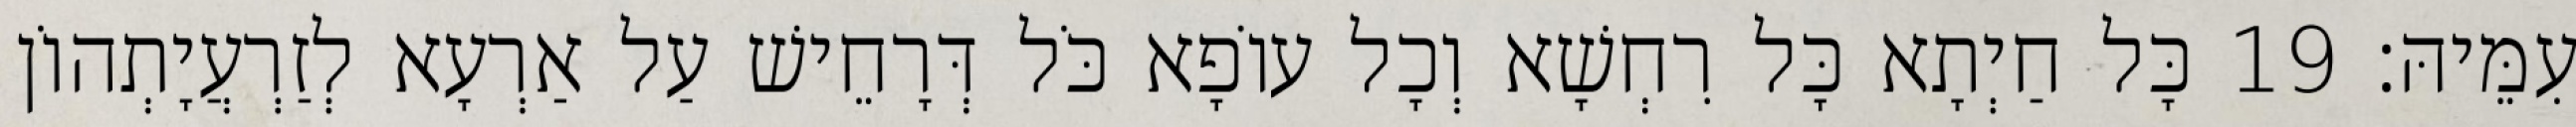
עִמֵּיהּ׃ 19 כָּל חַיְתָא כָּל רִחְשָׁא וְכָל עוֹפָא כֹּל דְּרָחֵישׁ עַל אַרְעָא לְזַרְעֲיָתְהוֹן